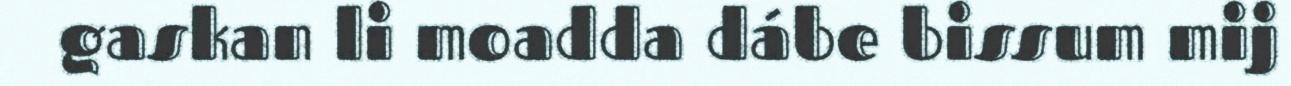
gaskan li moadda dábe bissum mij